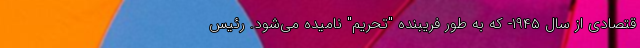
قتصادی از سال ۱۹۴۵- که به طور فریبنده "تحریم" نامیده می‌شود. رئیس